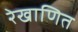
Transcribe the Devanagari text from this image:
रेखाणित